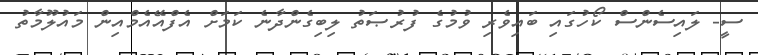
ސީ- ލައިސެންސް ކޯހުގައި ބައިވެރި ވުމުގެ ފުރުޞަތު ލިބިގެންދާނެ ކަމަށް އެފްއޭއެމްއިން މައުލޫމާތު